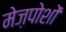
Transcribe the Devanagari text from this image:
मेज़पोशों